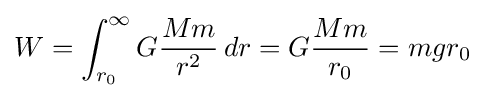
W=\int _{r_{0}}^{\infty }G{\frac {Mm}{r^{2}}}\,dr=G{\frac {Mm}{r_{0}}}=mgr_{0}